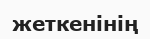
жеткенінің